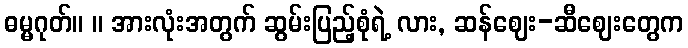
ဓမ္မဂုတ်။ ။ အားလုံးအတွက် ဆွမ်းပြည့်စုံရဲ့ လား, ဆန်ဈေး-ဆီဈေးတွေက